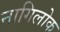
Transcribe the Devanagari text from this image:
नागिलोक